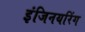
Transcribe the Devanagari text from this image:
इंजिनयरिंग